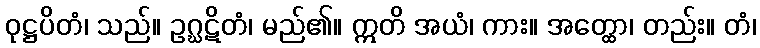
ဝုဋ္ဌပိတံ၊ သည်။ ဥဂ္ဃဋိတံ၊ မည်၏။ ဣတိ အယံ၊ ကား။ အတ္ထော၊ တည်း။ တံ၊